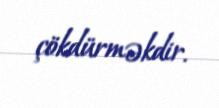
çökdürməkdir.